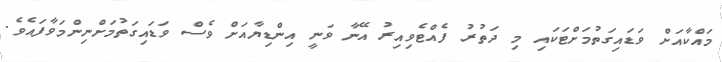
މައްކާއަށް ވަޑައިގަތުމަށްޓަކައި މި ދަތުރު ފެއްޓެވިއިރު އޭނާ ވަނީ އިންޑިޔާއަށް ވެސް ވަޑައިގަތުމަށްނިންމަވާފައެވެ.